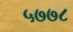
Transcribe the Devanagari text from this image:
५७७८